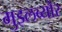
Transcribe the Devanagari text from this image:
मुइलब्यौर